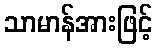
သာမာန်အားဖြင့်